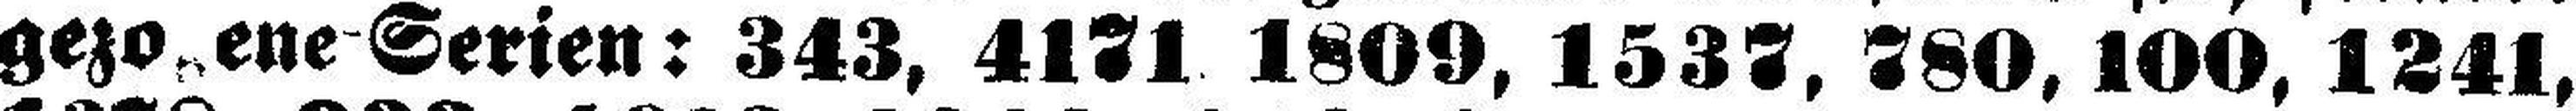
gezogene Serien: 343, 4171, 1809, 1537, 780, 100, 1241,